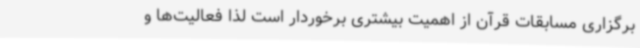
برگزاری مسابقات قرآن از اهمیت بیشتری برخوردار است لذا فعالیت‌ها و